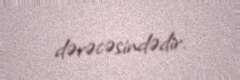
dərəcəsindədir.